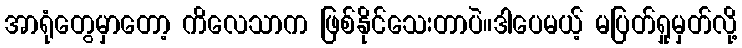
အာရုံတွေမှာတော့ ကိလေသာက ဖြစ်နိုင်သေးတာပဲ။ဒါပေမယ့် မပြတ်ရှုမှတ်လို့